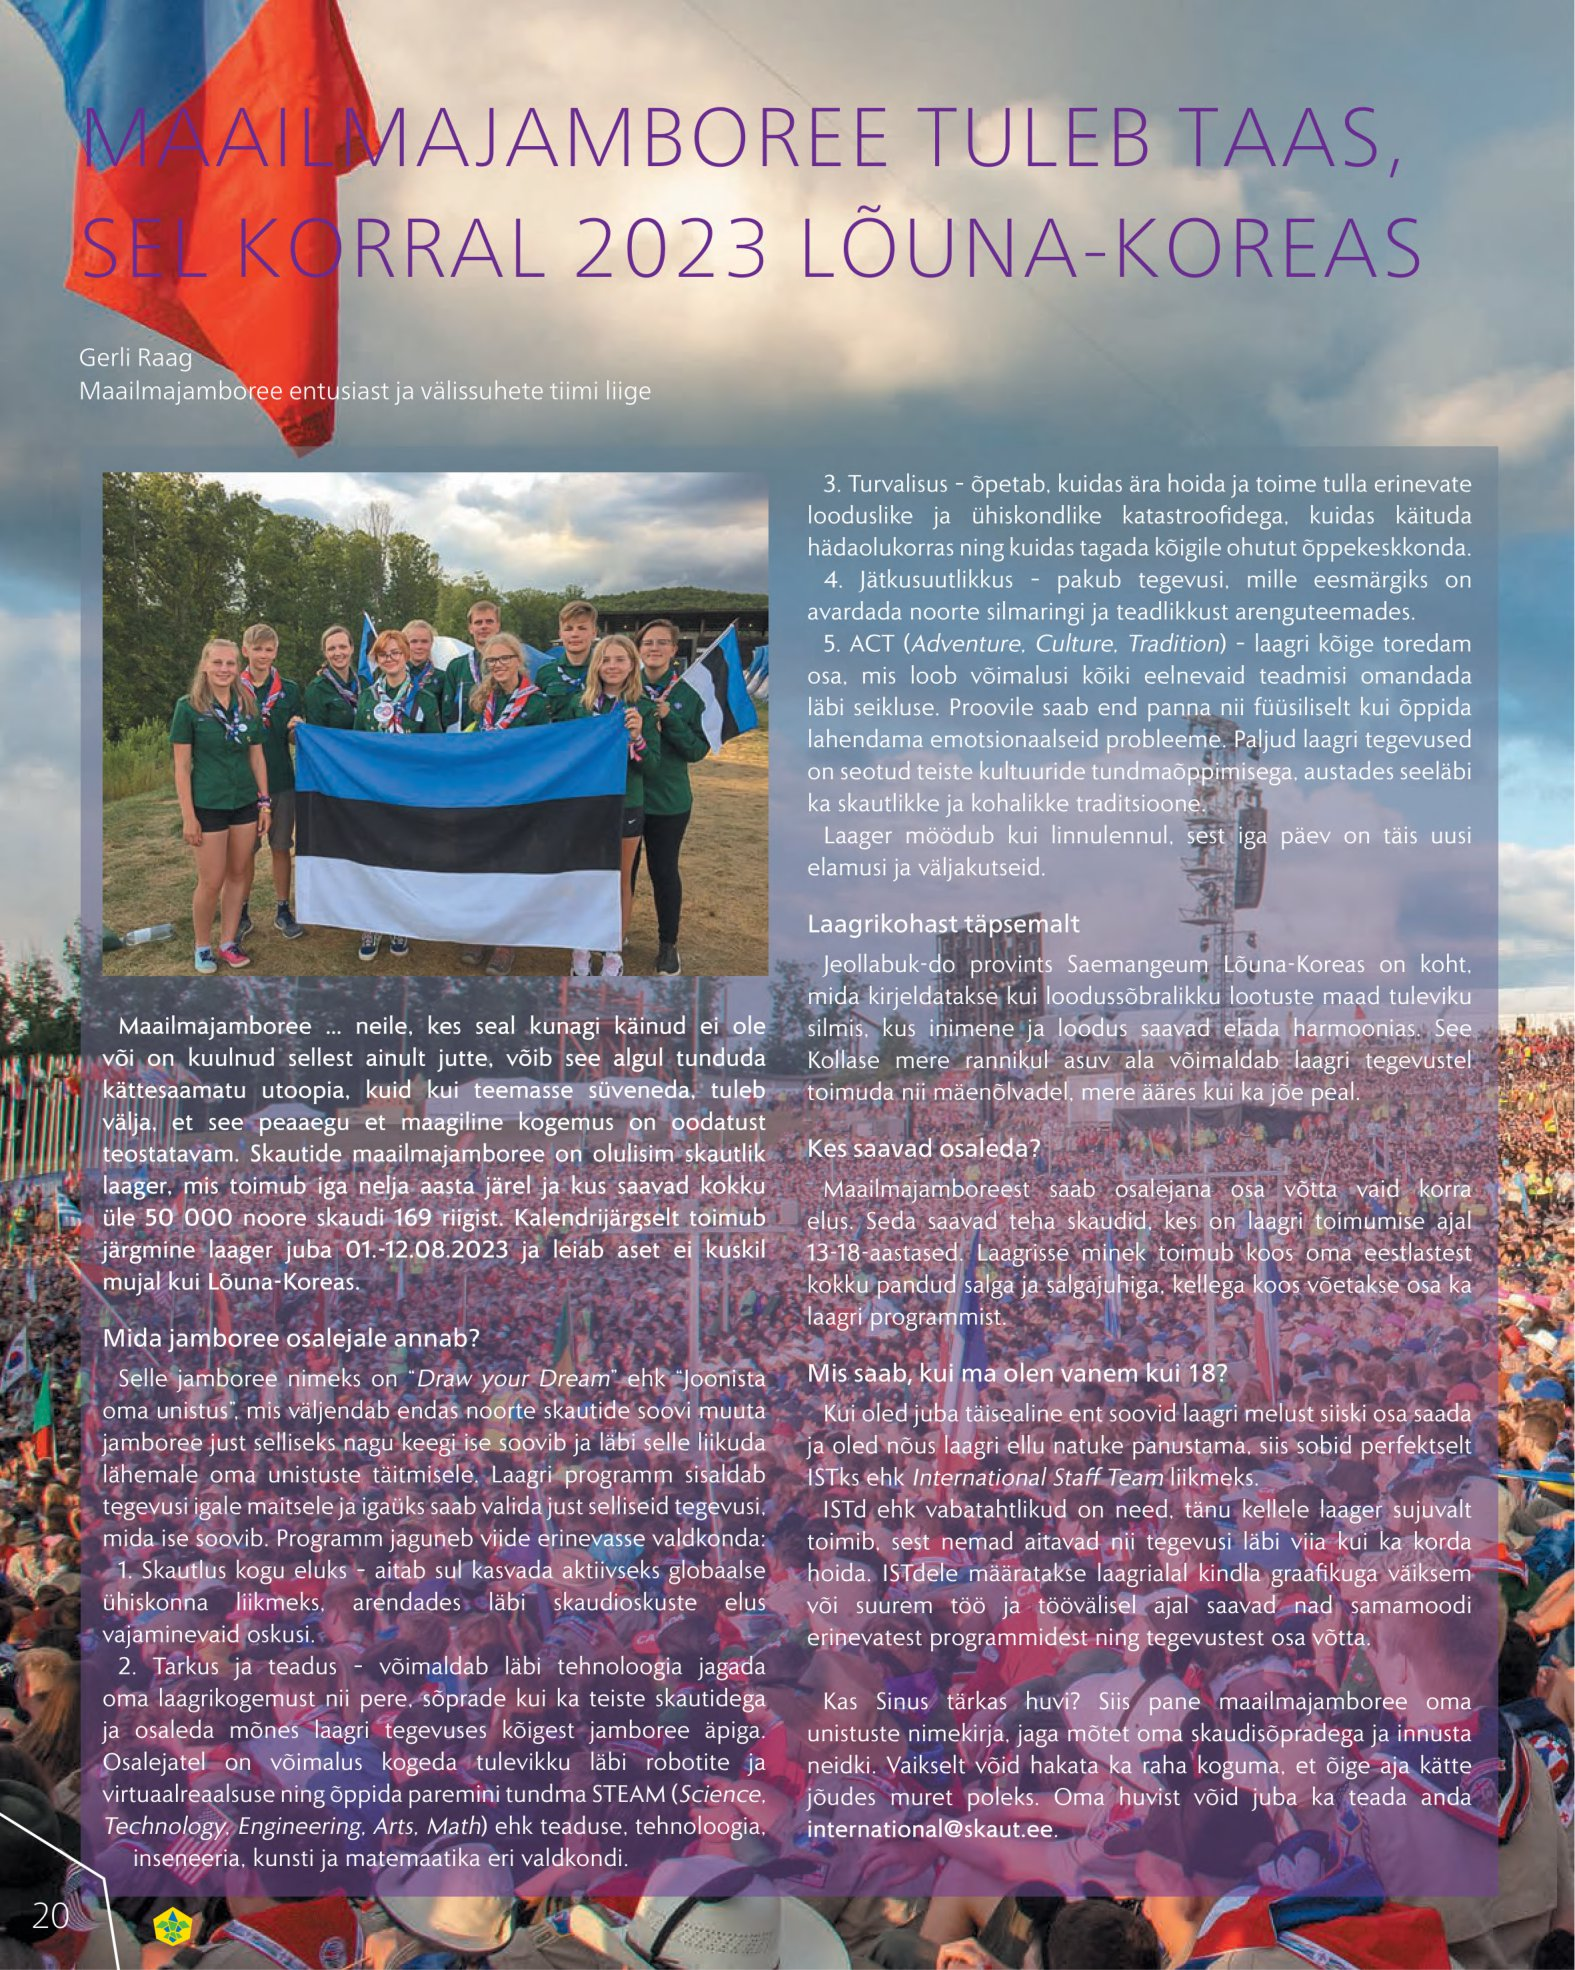
Language: et